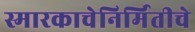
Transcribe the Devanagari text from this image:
स्मारकाचेनिर्मितीचे